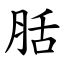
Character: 䏦